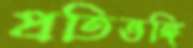
প্রতিভঙ্গি